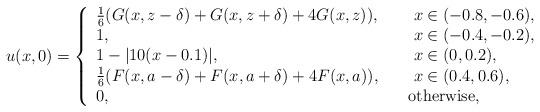
LaTeX: \begin{align*}u(x,0)=\left\{\begin{array}{ll}\frac{1}{6}(G(x,z-\delta)+G(x,z+\delta)+4G(x,z)), &\textrm{ $x\in(-0.8,-0.6)$},\\1, & \textrm{ $x\in(-0.4,-0.2)$},\\1-|10(x-0.1)|, & \textrm{ $x\in(0,0.2)$},\\\frac{1}{6}(F(x,a-\delta)+F(x,a+\delta)+4F(x,a)), \quad&\textrm{ $x\in(0.4,0.6)$},\\0, &\textrm{otherwise},\end{array}\right.\end{align*}